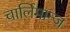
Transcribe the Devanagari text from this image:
चार्लिमान्ज